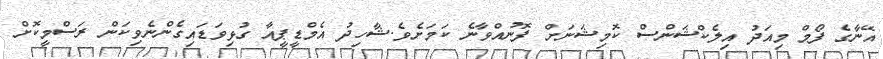
އޭނާގެ ފޯމް މިއަދު އިލެކްޝަންސް ކޮމިޝަނަށް ފޮނުއްވާނެ ކަމަށެވެ.ޝާހިދު އެމްޑީޕީއާ ގުޅިވަޑައިގެންނެވިކަން ރަސްމީކޮށް